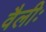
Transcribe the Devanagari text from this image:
वैलीः